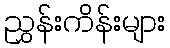
ညွှန်းကိန်းများ